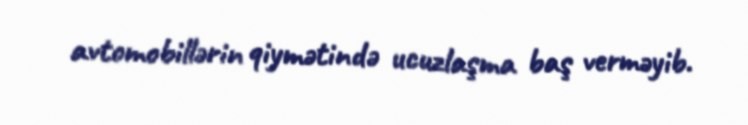
avtomobillərin qiymətində ucuzlaşma baş verməyib.